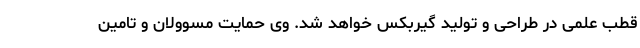
قطب علمی در طراحی و تولید گیربکس خواهد شد‌. وی حمایت مسوولان و تامین